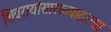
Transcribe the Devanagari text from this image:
शिवरायांसारख्याद्रष्टय़ा